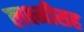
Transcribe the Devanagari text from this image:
लक्ष्मीसह